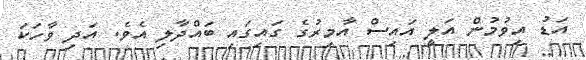
އަޑު އިވުމުން އަލީ އައިސް އާމިރުގެ ގައިގައި ބައްދާލި އެވެ. އަދި ވާހަކަ